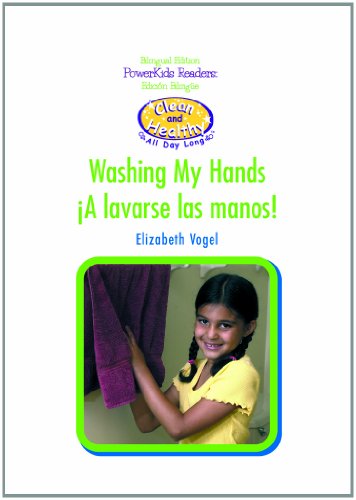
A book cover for A Lavarse las Manos/Washing My Hands (Limpieza y Salud Todo el Dia) (Spanish Edition); Elizabeth Vogel; Teen & Young Adult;